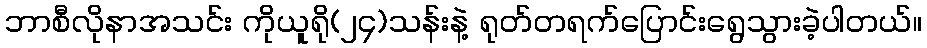
ဘာစီလိုနာအသင်း ကိုယူရို(၂၄)သန်းနဲ့ ရုတ်တရက်ပြောင်းရွေသွားခဲ့ပါတယ်။